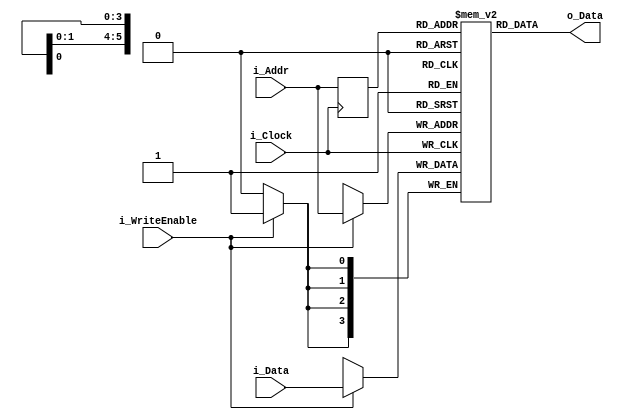
// Quartus Prime Verilog Template
// Single port RAM with single read/write address and initial contents 
// specified with an initial block

module SPRWI
#(parameter DATA_WIDTH = 4, parameter ADDR_WIDTH = 6)
    (
        input [(DATA_WIDTH - 1):0] i_Data,
        input [(ADDR_WIDTH - 1):0] i_Addr, // Memory address
        input i_WriteEnable, i_Clock,
        output [(DATA_WIDTH - 1):0] o_Data
    );


    // Declare the RAM variable
    reg [(DATA_WIDTH - 1):0] r_Ram [(2**ADDR_WIDTH - 1):0];

    // Variable to hold the registered read address
    reg [(ADDR_WIDTH - 1):0] r_Addr;

    // Specify the initial contents.  You can also use the $readmemb
    // system task to initialize the RAM variable from a text file.
    // See the $readmemb template page for details.
    initial 
    begin : INIT
        reg[(ADDR_WIDTH - 1):0] i;

        for(i = 0; i < 52; i = i + 1)
        begin
            if (i <= 12)
                r_Ram[i] = i[3:0];
            else if ( i > 12 && i <= 25)
                r_Ram[i] = i[3:0] + 3;
            else if ( i > 25 && i <= 38)
                r_Ram[i] = i[3:0] + 6;
            else
                r_Ram[i] = i[3:0] + 9;
        end

    end 

    always @ (posedge i_Clock)
    begin
        // Write
        if (i_WriteEnable)
            r_Ram[i_Addr] <= i_Data;

        r_Addr <= i_Addr;
    end
    // Continuous assignment implies read returns NEW data.
    // This is the natural behavior of the TriMatrix memory
    // blocks in Single Port mode.  
    assign o_Data = r_Ram[r_Addr];

endmodule